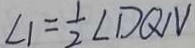
\angle 1 = \frac { 1 } { 2 } \angle D Q N